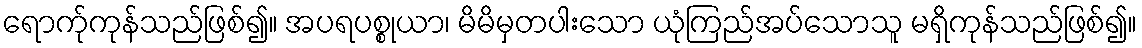
ရောက်ုကုန်သည်ဖြစ်၍။ အပရပစ္စုယာ၊ မိမိမှတပါးသော ယုံကြည်အပ်သောသူ မရှိကုန်သည်ဖြစ်၍။